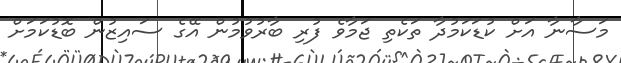
މަސާނާ އަށް ކުޑަކަމުދާ ތަކެތި ޖަމާވެ ފުރި ބާރުވުމުން އޭގެ ސައިޒުން ބޮޑުކަމަށް